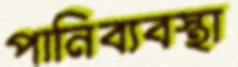
পানিব্যবস্থা